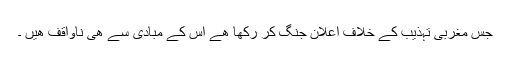
جس مغربی تہذیب کے خلاف اعلان جنگ کر رکھا ھے اس کے مبادی سے ھی ناواقف ھیں ۔